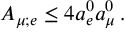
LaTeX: A _ { \mu ; e } \leq 4 a _ { e } ^ { 0 } a _ { \mu } ^ { 0 } \, .